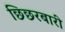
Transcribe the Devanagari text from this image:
छिछरबारी